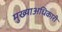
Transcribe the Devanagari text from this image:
मुख्याअधिकारी